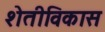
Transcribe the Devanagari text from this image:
शेतीविकास